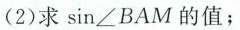
(2)求\sin∠BAM的值；